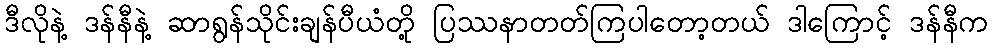
ဒီလိုနဲ့ ဒန်နီနဲ့ ဆာရွန်သိုင်းချန်ပီယံတို့ ပြဿနာတတ်ကြပါတော့တယ် ဒါကြောင့် ဒန်နီက